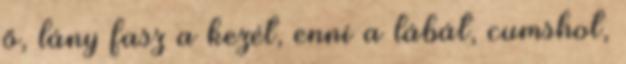
ő, lány fasz a kezét, enni a lábát, cumshot,